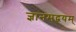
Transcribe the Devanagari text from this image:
ज्ञानमद्वयम्‌